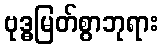
ဗုဒ္ဓမြတ်စွာဘုရား